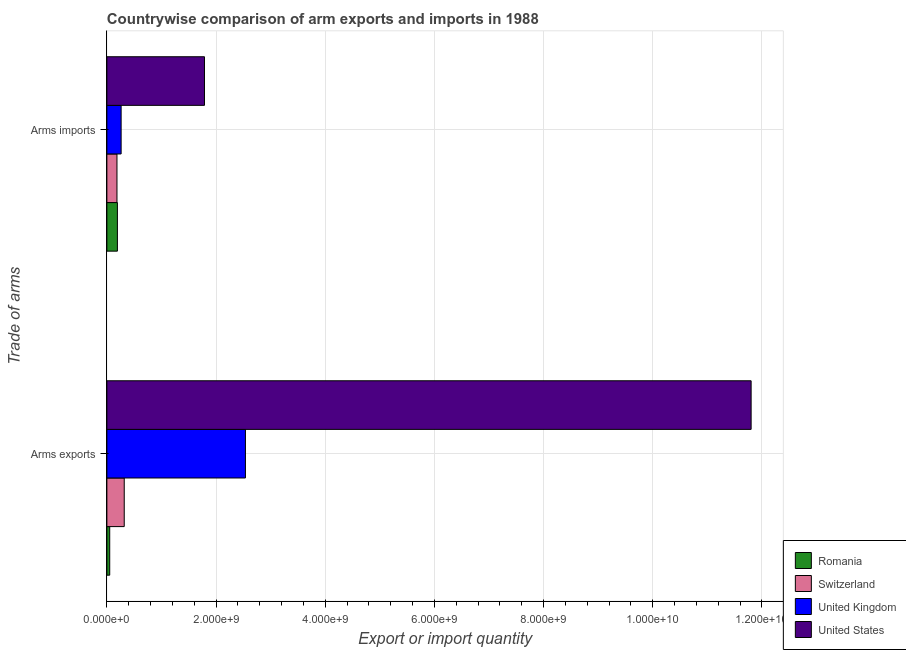
| Trade of arms | Romania | Switzerland | United Kingdom | United States |
 | --- | --- | --- | --- | --- |
 | Arms exports | 5.2e+07 | 3.18e+08 | 2.54e+09 | 1.18e+10 |
 | Arms imports | 1.93e+08 | 1.85e+08 | 2.61e+08 | 1.79e+09 |